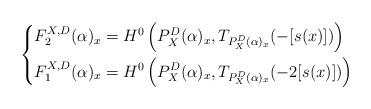
LaTeX: \begin{align*}\left \{ \begin{aligned} F_2^{X, D}(\alpha)_x &= H^0\left(P^D_X(\alpha)_x, T_{P^D_X(\alpha)_x}(-[s(x)])\right) \\F_1^{X, D}(\alpha)_x &= H^0\left(P^D_X(\alpha)_x, T_{P^D_X(\alpha)_x}(-2[s(x)]) \right) \end{aligned} \right .\end{align*}